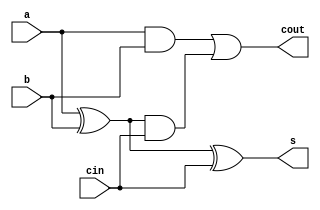
`timescale 1ns / 1ps
//////////////////////////////////////////////////////////////////////////////////
// Company: 
// Engineer: 
// 
// Design Name: 
// Module Name:    full_adder 
// Project Name: 
// Target Devices: 
// Tool versions: 
// Description: 
//
// Dependencies: 
//
// Revision: 
// Revision 0.01 - File Created
// Additional Comments: 
//
//////////////////////////////////////////////////////////////////////////////////
module full_adder(
    input a,
    input b,
    input cin,
    output s,
    output cout
    );
	
	wire xor_ab, and_ab, out;
		
	xor(xor_ab, a, b);
	and(and_ab, a, b);
	
	xor(s, xor_ab, cin);
	and(out, xor_ab, cin);
	or(cout, and_ab, out);
	
	
endmodule